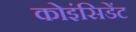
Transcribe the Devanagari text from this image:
कोइंसिडेंट